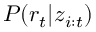
P ( r _ { t } | \boldsymbol { z } _ { i : t } )